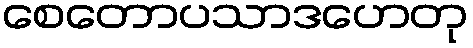
စေတောပသာဒဟေတု